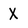
Character: X